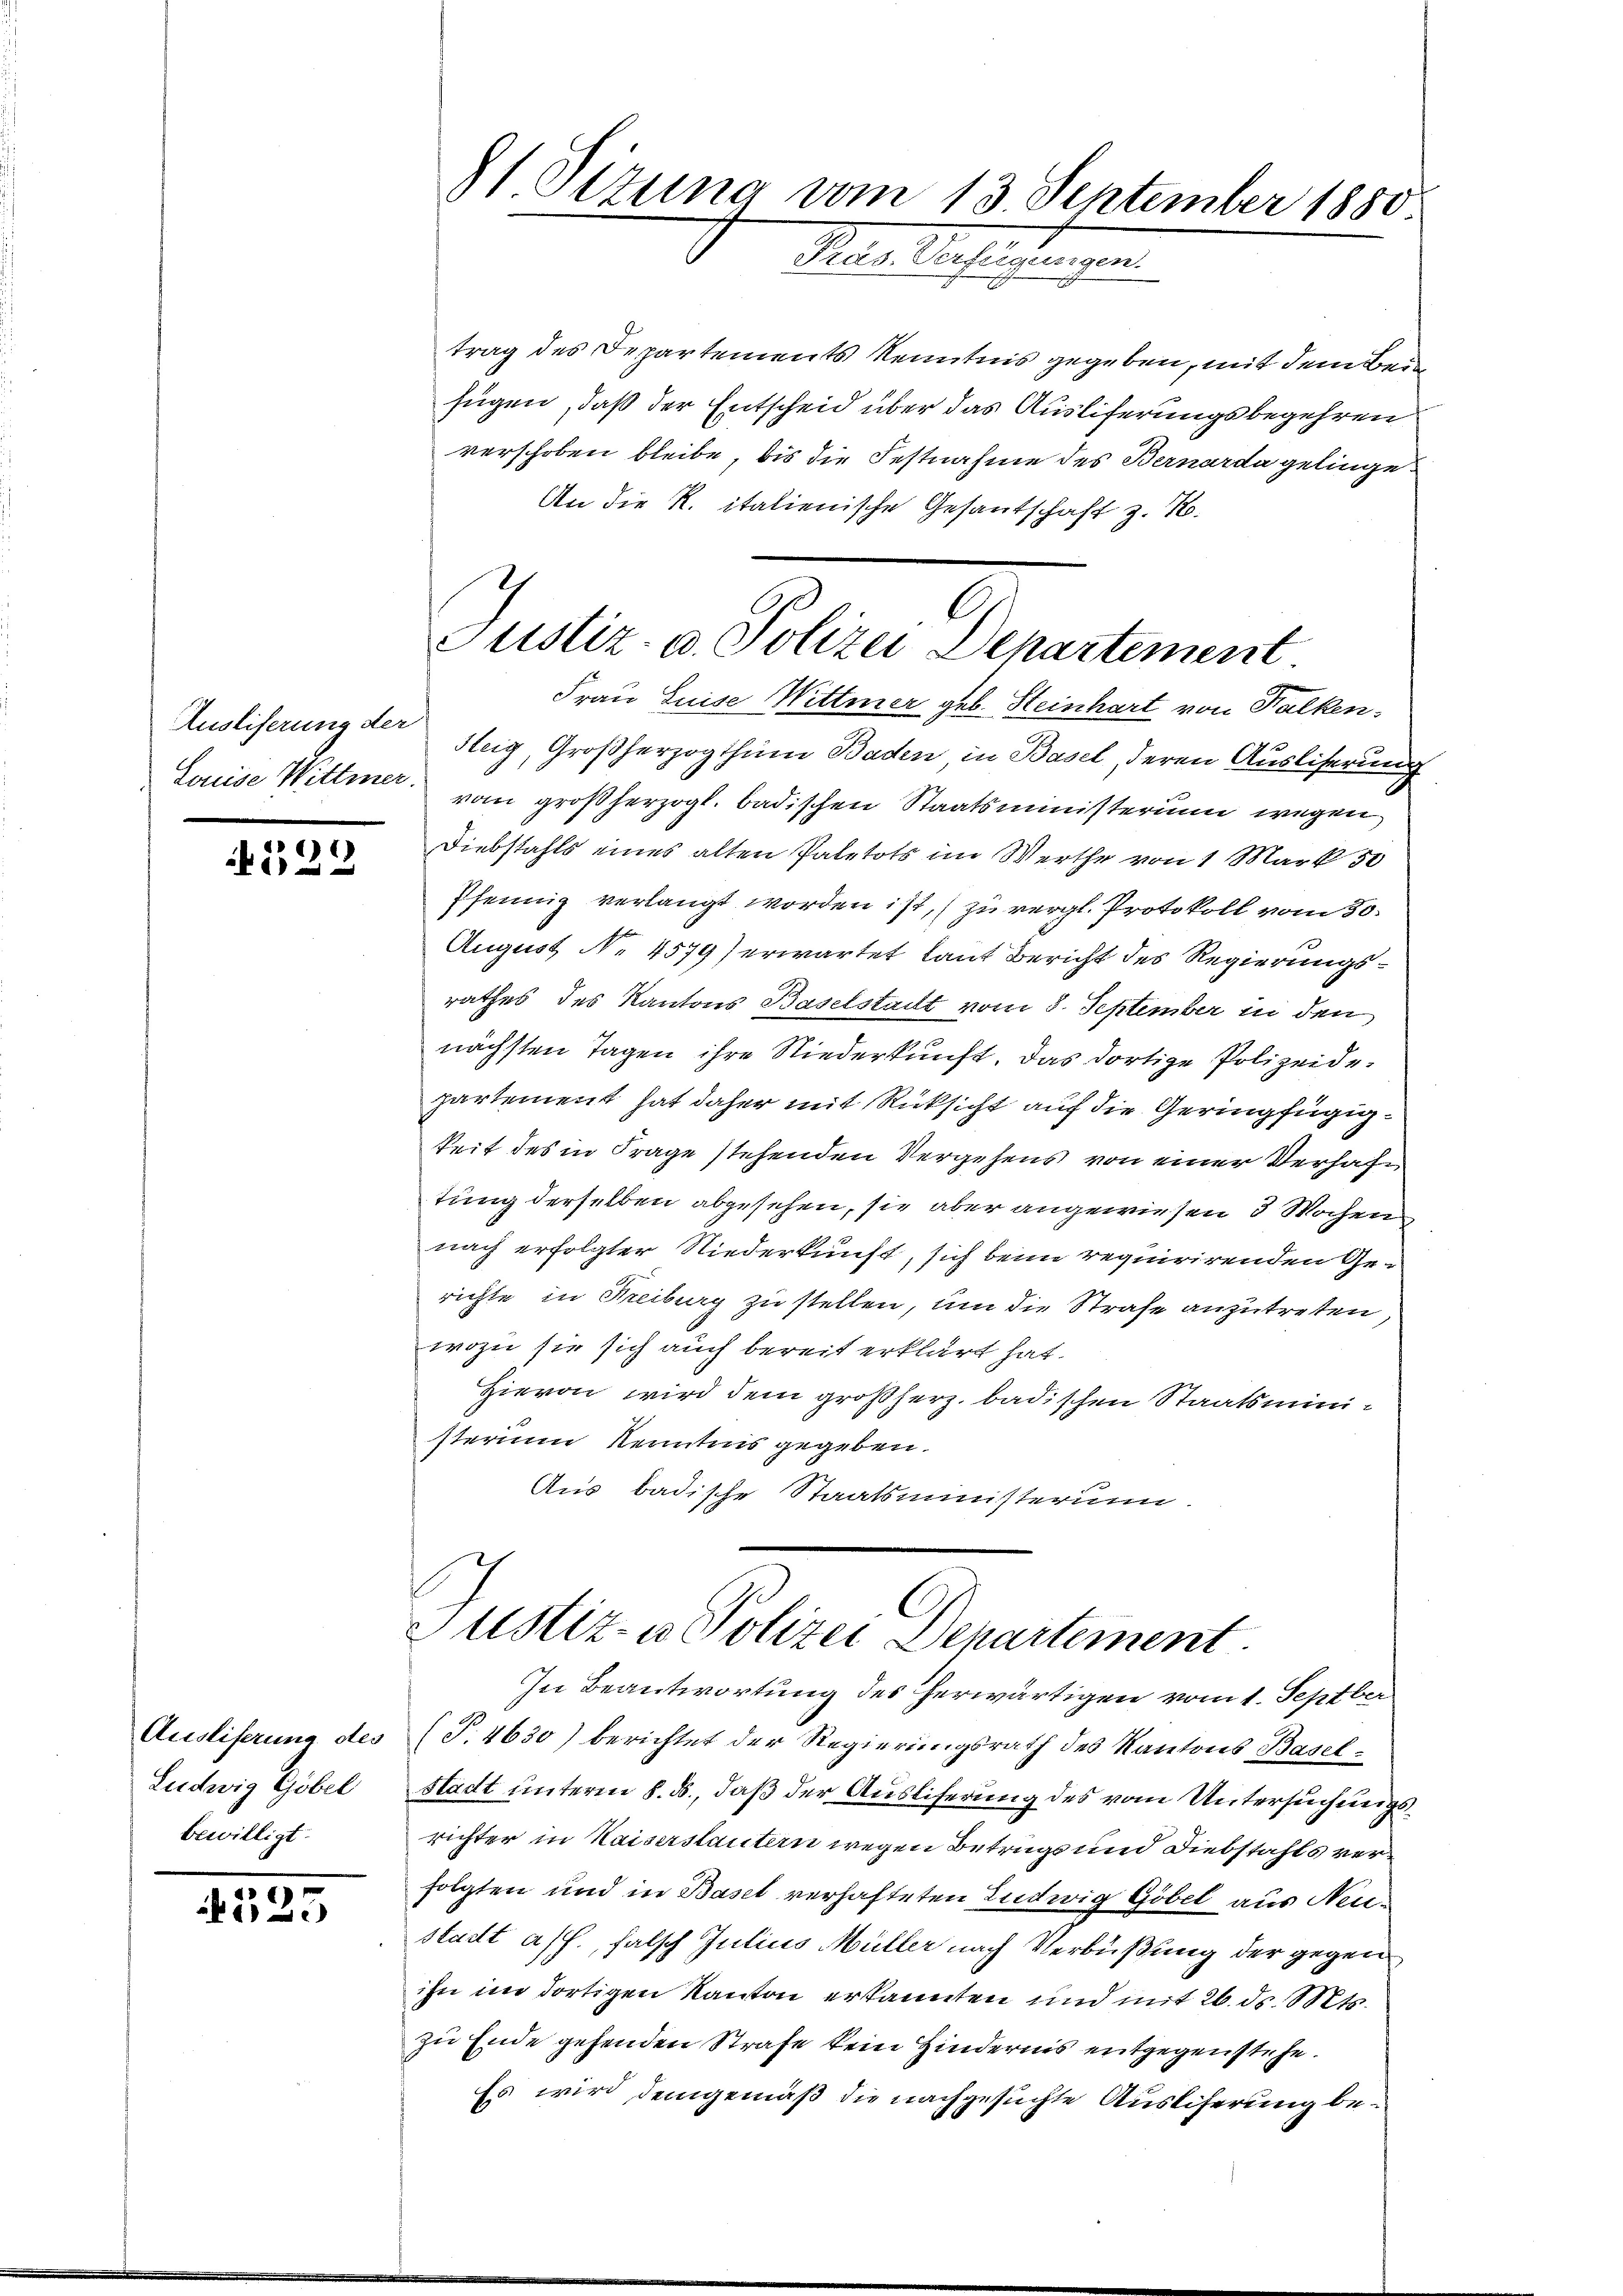
Ausliserung der
Louise Wittmer.

s
x

Ausliferung des
Ludwig Göbel
bewilligt.

4525

trag des Departements Kenntnis gegeben, mit dem Beid
fügen, daß der Entscheid über das Auslieferungsbegehren
verschoben bleibe, bis die Festnahme des Bernarda gelinge¬
An die R. italienische Gesantschaft z. B.
Frau Luise Wittmer geb. Steinhart von Falken
Steig, Großherzogthum Baden, in Basel, deren Ausliserung
vom großherzogl. badischen Staatsministerium wegen
Diebstahls eines alten Paletots im Werthe von 1 Mark 50
Pfennig verlangt worden ist, zu vergl. Protokoll vom 30.
August N. 4579) erwartet laut Bericht des Regierungsrathes des Kantons Baselstadt vom 8. September in den
nächsten Tagen ihre Niederkunft. Das dortige Polizeidepartement hat daher mit Rücksicht auf die Geringfügigkeit des in Frage stehenden Vergehens von einer Verhaftung derselben abgesehen, sie aber angewiesen 3 Wochen
nach erfolgter Niederkunft, sich beim requirirenden Gerichte in Kreiburg zu stellen, um die Strafe anzutreten
wozu sie sich auch bereit erklärt hat.
Hievon wird dem großherz badischen Staatsministerium Kenntnis gegeben.
Aus badische Staatsministerum.
Justiz- & Polizei Departement
In Beantwortung des herwärtigen vom 1. Septber
(T.4630) berichtet der Regierungsrath des Kantons Basel¬
Stadt unterm 8. ds., daß der Ausliferung des vom Untersuchungsrichter in Kaiserstautern wegen Betrugs und Diebstahls verfolgten und in Basel verhafteten Ludwig Göbel aus Neustadt aff., falsch Julius Müller nach Verbüßung der gegen
ihn im dortigen Kanton erkannten und mit 26. ds. Mts.
zu Ende gehenden Strafe kein Hindernis entgegenstehe.
Es wird demgemäß die nachgesuchte Ausliferung be¬

1 Dizuna vom 13 September 1880
Präs. Verfügungen.

C
Justiz- u. Polizei Departement